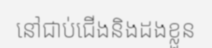
នៅជាប់ជើងនិងដងខ្លួន